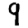
Digit: 9